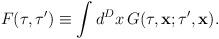
LaTeX: \begin{align*}F(\tau,\tau')\equiv\int d^Dx\,G(\tau,{\bf x};\tau',{\bf x}).\end{align*}